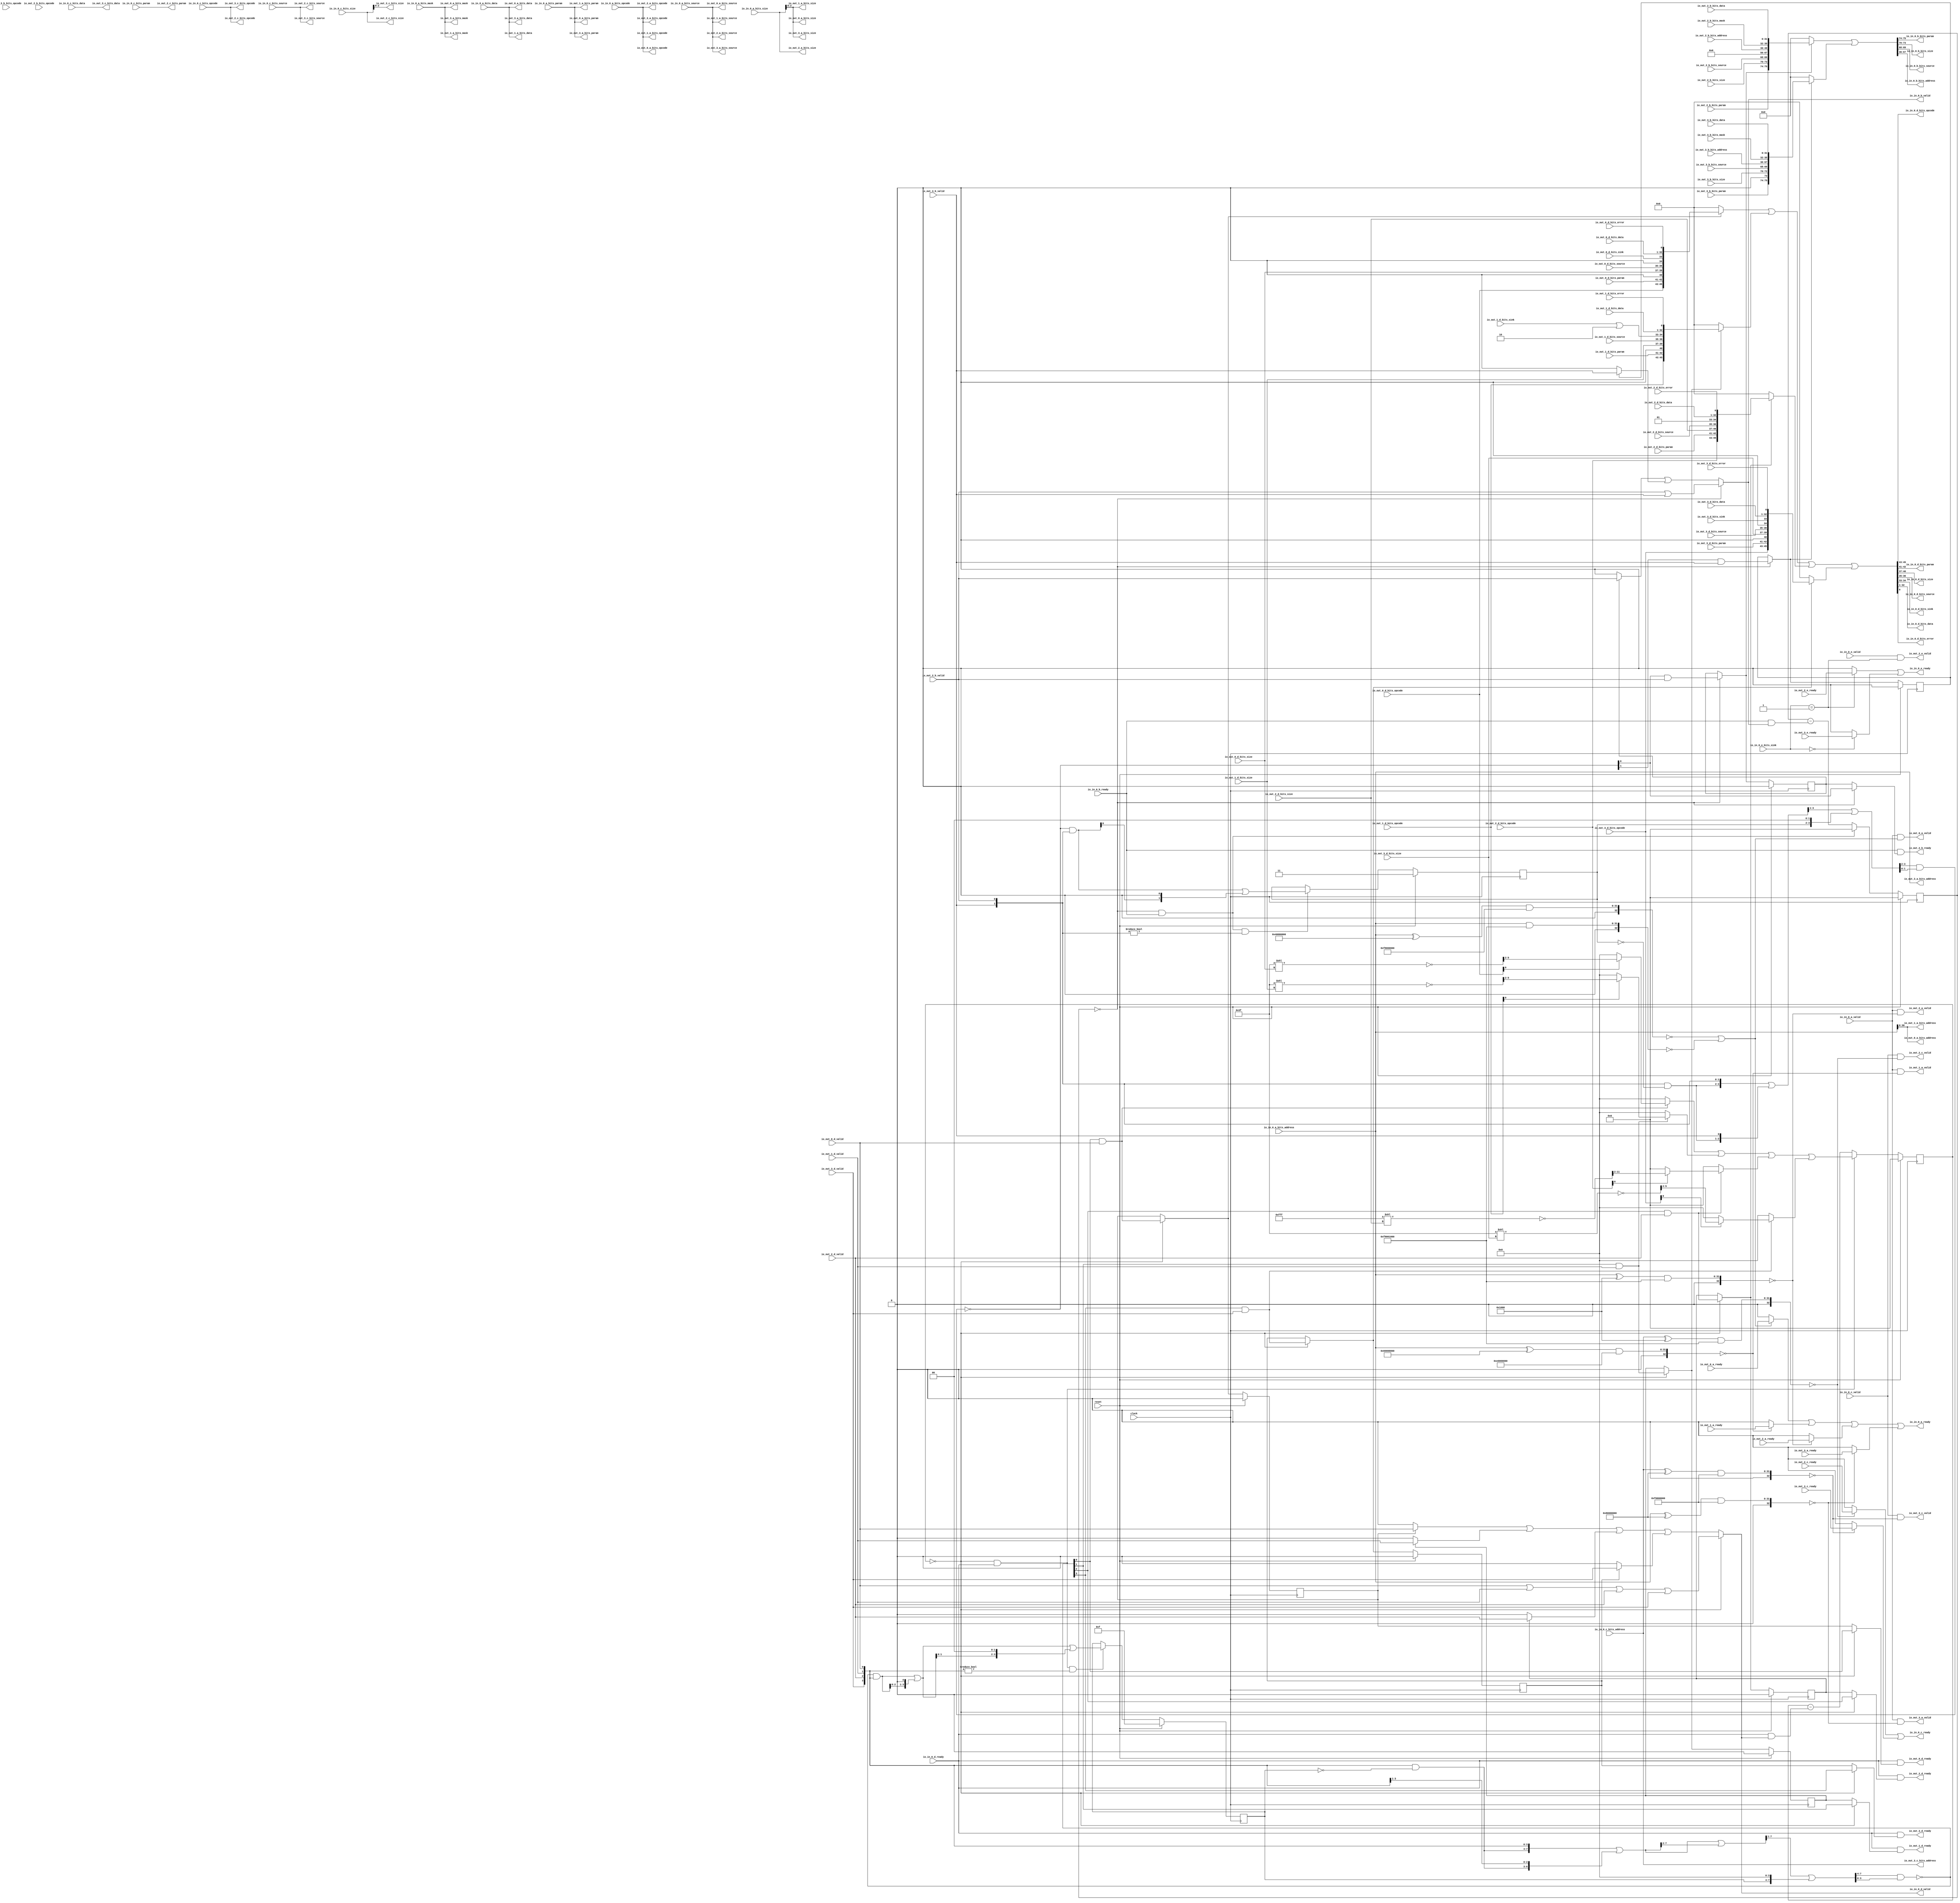
// Copyright (c) 2017, Microsemi Corporation
// All rights reserved.
//
// Redistribution and use in source and binary forms, with or without
// modification, are permitted provided that the following conditions are met:
//     * Redistributions of source code must retain the above copyright
//       notice, this list of conditions and the following disclaimer.
//     * Redistributions in binary form must reproduce the above copyright
//       notice, this list of conditions and the following disclaimer in the
//       documentation and/or other materials provided with the distribution.
//     * Neither the name of the <organization> nor the
//       names of its contributors may be used to endorse or promote products
//       derived from this software without specific prior written permission.
//
// THIS SOFTWARE IS PROVIDED BY THE COPYRIGHT HOLDERS AND CONTRIBUTORS "AS IS" AND
// ANY EXPRESS OR IMPLIED WARRANTIES, INCLUDING, BUT NOT LIMITED TO, THE IMPLIED
// WARRANTIES OF MERCHANTABILITY AND FITNESS FOR A PARTICULAR PURPOSE ARE
// DISCLAIMED. IN NO EVENT SHALL MICROSEMI CORPORATIONM BE LIABLE FOR ANY
// DIRECT, INDIRECT, INCIDENTAL, SPECIAL, EXEMPLARY, OR CONSEQUENTIAL DAMAGES
// (INCLUDING, BUT NOT LIMITED TO, PROCUREMENT OF SUBSTITUTE GOODS OR SERVICES;
// LOSS OF USE, DATA, OR PROFITS; OR BUSINESS INTERRUPTION) HOWEVER CAUSED AND
// ON ANY THEORY OF LIABILITY, WHETHER IN CONTRACT, STRICT LIABILITY, OR TORT
// (INCLUDING NEGLIGENCE OR OTHERWISE) ARISING IN ANY WAY OUT OF THE USE OF THIS
// SOFTWARE, EVEN IF ADVISED OF THE POSSIBILITY OF SUCH DAMAGE.
//
// APACHE LICENSE
// Copyright (c) 2017, Microsemi Corporation 
//
// Licensed under the Apache License, Version 2.0 (the "License");
// you may not use this file except in compliance with the License.
// You may obtain a copy of the License at
//
//    http://www.apache.org/licenses/LICENSE-2.0
//
// Unless required by applicable law or agreed to in writing, software
// distributed under the License is distributed on an "AS IS" BASIS,
// WITHOUT WARRANTIES OR CONDITIONS OF ANY KIND, either express or implied.
// See the License for the specific language governing permissions and
// limitations under the License.
//
// Description:
//
// SVN Revision Information:
// SVN $Revision: $
// SVN $Date: $
//
// Resolved SARs
// SAR      Date     Who   Description
//
// Notes:
//
// ****************************************************************************/
`define RANDOMIZE
`timescale 1ns/10ps
module PROC_SUBSYSTEM_MIV_RV32IMA_L1_AHB_0_MIV_RV32IMA_L1_AHB_TL_XBAR_SYSTEM_BUS(
  input         clock,
  input         reset,
  output        io_in_0_a_ready,
  input         io_in_0_a_valid,
  input  [2:0]  io_in_0_a_bits_opcode,
  input  [2:0]  io_in_0_a_bits_param,
  input  [3:0]  io_in_0_a_bits_size,
  input  [1:0]  io_in_0_a_bits_source,
  input  [31:0] io_in_0_a_bits_address,
  input  [3:0]  io_in_0_a_bits_mask,
  input  [31:0] io_in_0_a_bits_data,
  input         io_in_0_b_ready,
  output        io_in_0_b_valid,
  output [1:0]  io_in_0_b_bits_param,
  output [3:0]  io_in_0_b_bits_size,
  output [1:0]  io_in_0_b_bits_source,
  output [31:0] io_in_0_b_bits_address,
  output        io_in_0_c_ready,
  input         io_in_0_c_valid,
  input  [2:0]  io_in_0_c_bits_opcode,
  input  [2:0]  io_in_0_c_bits_param,
  input  [3:0]  io_in_0_c_bits_size,
  input  [1:0]  io_in_0_c_bits_source,
  input  [31:0] io_in_0_c_bits_address,
  input  [31:0] io_in_0_c_bits_data,
  input         io_in_0_d_ready,
  output        io_in_0_d_valid,
  output [2:0]  io_in_0_d_bits_opcode,
  output [1:0]  io_in_0_d_bits_param,
  output [3:0]  io_in_0_d_bits_size,
  output [1:0]  io_in_0_d_bits_source,
  output [1:0]  io_in_0_d_bits_sink,
  output [31:0] io_in_0_d_bits_data,
  output        io_in_0_d_bits_error,
  output        io_in_0_e_ready,
  input         io_in_0_e_valid,
  input  [1:0]  io_in_0_e_bits_sink,
  input         io_out_3_a_ready,
  output        io_out_3_a_valid,
  output [2:0]  io_out_3_a_bits_opcode,
  output [2:0]  io_out_3_a_bits_param,
  output [2:0]  io_out_3_a_bits_size,
  output [1:0]  io_out_3_a_bits_source,
  output [31:0] io_out_3_a_bits_address,
  output [3:0]  io_out_3_a_bits_mask,
  output [31:0] io_out_3_a_bits_data,
  input         io_out_3_b_valid,
  input  [2:0]  io_out_3_b_bits_opcode,
  input  [1:0]  io_out_3_b_bits_param,
  input  [2:0]  io_out_3_b_bits_size,
  input  [1:0]  io_out_3_b_bits_source,
  input  [31:0] io_out_3_b_bits_address,
  input  [3:0]  io_out_3_b_bits_mask,
  input  [31:0] io_out_3_b_bits_data,
  input         io_out_3_c_ready,
  output        io_out_3_c_valid,
  output [2:0]  io_out_3_c_bits_opcode,
  output [2:0]  io_out_3_c_bits_size,
  output [1:0]  io_out_3_c_bits_source,
  output [31:0] io_out_3_c_bits_address,
  output [31:0] io_out_3_c_bits_data,
  output        io_out_3_d_ready,
  input         io_out_3_d_valid,
  input  [2:0]  io_out_3_d_bits_opcode,
  input  [1:0]  io_out_3_d_bits_param,
  input  [2:0]  io_out_3_d_bits_size,
  input  [1:0]  io_out_3_d_bits_source,
  input         io_out_3_d_bits_sink,
  input  [31:0] io_out_3_d_bits_data,
  input         io_out_3_d_bits_error,
  input         io_out_3_e_ready,
  input         io_out_2_a_ready,
  output        io_out_2_a_valid,
  output [2:0]  io_out_2_a_bits_opcode,
  output [3:0]  io_out_2_a_bits_size,
  output [1:0]  io_out_2_a_bits_source,
  output        io_out_2_b_ready,
  input         io_out_2_b_valid,
  input  [2:0]  io_out_2_b_bits_opcode,
  input  [1:0]  io_out_2_b_bits_param,
  input  [3:0]  io_out_2_b_bits_size,
  input  [1:0]  io_out_2_b_bits_source,
  input  [13:0] io_out_2_b_bits_address,
  input  [3:0]  io_out_2_b_bits_mask,
  input  [31:0] io_out_2_b_bits_data,
  input         io_out_2_c_ready,
  output        io_out_2_c_valid,
  output [2:0]  io_out_2_c_bits_opcode,
  output [2:0]  io_out_2_c_bits_param,
  output [3:0]  io_out_2_c_bits_size,
  output [1:0]  io_out_2_c_bits_source,
  output        io_out_2_d_ready,
  input         io_out_2_d_valid,
  input  [2:0]  io_out_2_d_bits_opcode,
  input  [1:0]  io_out_2_d_bits_param,
  input  [3:0]  io_out_2_d_bits_size,
  input  [1:0]  io_out_2_d_bits_source,
  input  [31:0] io_out_2_d_bits_data,
  input         io_out_2_d_bits_error,
  input         io_out_2_e_ready,
  output        io_out_2_e_valid,
  input         io_out_1_a_ready,
  output        io_out_1_a_valid,
  output [2:0]  io_out_1_a_bits_opcode,
  output [2:0]  io_out_1_a_bits_param,
  output [2:0]  io_out_1_a_bits_size,
  output [1:0]  io_out_1_a_bits_source,
  output [30:0] io_out_1_a_bits_address,
  output [3:0]  io_out_1_a_bits_mask,
  output [31:0] io_out_1_a_bits_data,
  output        io_out_1_d_ready,
  input         io_out_1_d_valid,
  input  [2:0]  io_out_1_d_bits_opcode,
  input  [1:0]  io_out_1_d_bits_param,
  input  [2:0]  io_out_1_d_bits_size,
  input  [1:0]  io_out_1_d_bits_source,
  input         io_out_1_d_bits_sink,
  input  [31:0] io_out_1_d_bits_data,
  input         io_out_1_d_bits_error,
  input         io_out_0_a_ready,
  output        io_out_0_a_valid,
  output [2:0]  io_out_0_a_bits_opcode,
  output [2:0]  io_out_0_a_bits_param,
  output [2:0]  io_out_0_a_bits_size,
  output [1:0]  io_out_0_a_bits_source,
  output [30:0] io_out_0_a_bits_address,
  output [3:0]  io_out_0_a_bits_mask,
  output [31:0] io_out_0_a_bits_data,
  output        io_out_0_d_ready,
  input         io_out_0_d_valid,
  input  [2:0]  io_out_0_d_bits_opcode,
  input  [1:0]  io_out_0_d_bits_param,
  input  [2:0]  io_out_0_d_bits_size,
  input  [1:0]  io_out_0_d_bits_source,
  input         io_out_0_d_bits_sink,
  input  [31:0] io_out_0_d_bits_data,
  input         io_out_0_d_bits_error
);
  wire [3:0] out_0_d_bits_size;
  wire [1:0] out_0_d_bits_sink;
  wire [3:0] out_1_d_bits_size;
  wire [31:0] out_2_b_bits_address;
  wire [3:0] out_3_b_bits_size;
  wire [3:0] out_3_d_bits_size;
  wire [1:0] out_3_d_bits_sink;
  wire [1:0] _GEN_2;
  wire [1:0] _T_851;
  wire [31:0] _T_865;
  wire [32:0] _T_866;
  wire [32:0] _T_868;
  wire [32:0] _T_869;
  wire  _T_871;
  wire [32:0] _T_874;
  wire [32:0] _T_876;
  wire [32:0] _T_877;
  wire  _T_879;
  wire  _T_880;
  wire [31:0] _T_882;
  wire [32:0] _T_883;
  wire [32:0] _T_885;
  wire [32:0] _T_886;
  wire  _T_888;
  wire [31:0] _T_890;
  wire [32:0] _T_891;
  wire [32:0] _T_893;
  wire [32:0] _T_894;
  wire  _T_896;
  wire [31:0] _T_898;
  wire [32:0] _T_899;
  wire [32:0] _T_901;
  wire [32:0] _T_902;
  wire  _T_904;
  wire [31:0] _T_1021;
  wire [32:0] _T_1022;
  wire [32:0] _T_1024;
  wire [32:0] _T_1025;
  wire  _T_1027;
  wire [31:0] _T_1029;
  wire [32:0] _T_1030;
  wire [32:0] _T_1032;
  wire [32:0] _T_1033;
  wire  _T_1035;
  wire  _T_1460;
  wire  _T_1462;
  wire [20:0] _T_1641;
  wire [5:0] _T_1642;
  wire [5:0] _T_1643;
  wire [3:0] _T_1644;
  wire  _T_1645;
  wire [3:0] _T_1647;
  wire [20:0] _T_1650;
  wire [5:0] _T_1651;
  wire [5:0] _T_1652;
  wire [3:0] _T_1653;
  wire  _T_1654;
  wire [3:0] _T_1656;
  wire [26:0] _T_1659;
  wire [11:0] _T_1660;
  wire [11:0] _T_1661;
  wire [9:0] _T_1662;
  wire  _T_1663;
  wire [9:0] _T_1665;
  wire [20:0] _T_1668;
  wire [5:0] _T_1669;
  wire [5:0] _T_1670;
  wire [3:0] _T_1671;
  wire  _T_1672;
  wire [3:0] _T_1674;
  wire [9:0] beatsDO_0;
  wire [9:0] beatsDO_1;
  wire [9:0] beatsDO_3;
  wire  _T_1743;
  wire  _T_1744;
  wire  _T_1745;
  wire  _T_1746;
  wire  _T_1749;
  wire  _T_1751;
  wire  _T_1753;
  wire  _T_1755;
  wire  _T_1756;
  wire  _T_1757;
  wire  _T_1758;
  wire  _T_1917;
  wire  _T_1918;
  wire  _T_1925;
  wire  _T_1927;
  wire  _T_1930;
  wire  _T_2089;
  wire  _T_2090;
  wire  _T_2097;
  wire  _T_2099;
  wire  _T_2102;
  wire  _T_2131;
  wire  _T_2138;
  wire  _T_2139;
  wire  _T_2141;
  wire  _T_2205;
  wire  _T_2212;
  wire  _T_2213;
  wire  _T_2215;
  wire  _T_2279;
  wire  _T_2286;
  wire  _T_2287;
  wire  _T_2289;
  wire  _T_2351;
  wire  _T_2358;
  wire  _T_2359;
  wire  _T_2361;
  wire  _T_2423;
  wire  _T_2430;
  wire  _T_2431;
  wire  _T_2433;
  wire  _T_2495;
  wire  _T_2502;
  wire  _T_2503;
  wire  _T_2505;
  wire  _T_2567;
  wire  _T_2574;
  wire  _T_2575;
  wire  _T_2577;
  wire  _T_2639;
  wire  _T_2646;
  wire  _T_2647;
  wire  _T_2649;
  reg [9:0] _T_2687;
  reg [31:0] _RAND_0;
  wire  _T_2689;
  wire  _T_2690;
  wire [1:0] _T_2691;
  wire  _T_2693;
  wire  _T_2694;
  wire  _T_2696;
  reg [1:0] _T_2700;
  reg [31:0] _RAND_1;
  wire [1:0] _T_2701;
  wire [1:0] _T_2702;
  wire [3:0] _T_2703;
  wire [2:0] _T_2704;
  wire [3:0] _GEN_9;
  wire [3:0] _T_2705;
  wire [2:0] _T_2707;
  wire [3:0] _GEN_10;
  wire [3:0] _T_2708;
  wire [3:0] _GEN_11;
  wire [3:0] _T_2709;
  wire [1:0] _T_2710;
  wire [1:0] _T_2711;
  wire [1:0] _T_2712;
  wire [1:0] _T_2713;
  wire  _T_2715;
  wire  _T_2716;
  wire [1:0] _T_2717;
  wire [2:0] _GEN_12;
  wire [2:0] _T_2718;
  wire [1:0] _T_2719;
  wire [1:0] _T_2720;
  wire [1:0] _GEN_0;
  wire  _T_2723;
  wire  _T_2724;
  wire  _T_2732;
  wire  _T_2733;
  wire  _T_2743;
  wire  _T_2747;
  wire  _T_2752;
  wire  _T_2753;
  wire  _T_2755;
  wire  _T_2757;
  wire  _T_2758;
  wire  _T_2760;
  wire  _T_2762;
  wire  _T_2763;
  wire  _T_2765;
  wire  _T_2771;
  wire [9:0] _GEN_13;
  wire [10:0] _T_2772;
  wire [10:0] _T_2773;
  wire [9:0] _T_2774;
  wire [9:0] _T_2775;
  reg  _T_2793_0;
  reg [31:0] _RAND_2;
  reg  _T_2793_1;
  reg [31:0] _RAND_3;
  wire  _T_2804_0;
  wire  _T_2804_1;
  wire  _T_2812_0;
  wire  _T_2820;
  wire  _T_2825;
  wire  _T_2827;
  wire  _T_2828;
  wire  _T_2831;
  wire [35:0] _T_2833;
  wire [67:0] _T_2834;
  wire [5:0] _T_2835;
  wire [4:0] _T_2836;
  wire [10:0] _T_2837;
  wire [78:0] _T_2838;
  wire [78:0] _T_2840;
  wire [35:0] _T_2841;
  wire [67:0] _T_2842;
  wire [5:0] _T_2843;
  wire [4:0] _T_2844;
  wire [10:0] _T_2845;
  wire [78:0] _T_2846;
  wire [78:0] _T_2848;
  wire [78:0] _T_2849;
  wire [31:0] _T_2856;
  wire [1:0] _T_2857;
  wire [3:0] _T_2858;
  wire [1:0] _T_2859;
  reg [9:0] _T_2863;
  reg [31:0] _RAND_4;
  wire  _T_2865;
  wire  _T_2866;
  wire [1:0] _T_2867;
  wire [1:0] _T_2868;
  wire [3:0] _T_2869;
  wire  _T_2871;
  wire  _T_2872;
  wire  _T_2874;
  reg [3:0] _T_2878;
  reg [31:0] _RAND_5;
  wire [3:0] _T_2879;
  wire [3:0] _T_2880;
  wire [7:0] _T_2881;
  wire [6:0] _T_2882;
  wire [7:0] _GEN_14;
  wire [7:0] _T_2883;
  wire [5:0] _T_2884;
  wire [7:0] _GEN_15;
  wire [7:0] _T_2885;
  wire [6:0] _T_2887;
  wire [7:0] _GEN_16;
  wire [7:0] _T_2888;
  wire [7:0] _GEN_17;
  wire [7:0] _T_2889;
  wire [3:0] _T_2890;
  wire [3:0] _T_2891;
  wire [3:0] _T_2892;
  wire [3:0] _T_2893;
  wire  _T_2895;
  wire  _T_2896;
  wire [3:0] _T_2897;
  wire [4:0] _GEN_18;
  wire [4:0] _T_2898;
  wire [3:0] _T_2899;
  wire [3:0] _T_2900;
  wire [5:0] _GEN_19;
  wire [5:0] _T_2901;
  wire [3:0] _T_2902;
  wire [3:0] _T_2903;
  wire [3:0] _GEN_1;
  wire  _T_2906;
  wire  _T_2907;
  wire  _T_2908;
  wire  _T_2909;
  wire  _T_2919;
  wire  _T_2920;
  wire  _T_2921;
  wire  _T_2922;
  wire  _T_2934;
  wire  _T_2935;
  wire  _T_2936;
  wire  _T_2940;
  wire  _T_2945;
  wire  _T_2946;
  wire  _T_2948;
  wire  _T_2950;
  wire  _T_2951;
  wire  _T_2953;
  wire  _T_2955;
  wire  _T_2956;
  wire  _T_2958;
  wire  _T_2959;
  wire  _T_2960;
  wire  _T_2962;
  wire  _T_2963;
  wire  _T_2964;
  wire  _T_2965;
  wire  _T_2967;
  wire  _T_2971;
  wire  _T_2972;
  wire  _T_2974;
  wire [9:0] _T_2976;
  wire [9:0] _T_2978;
  wire [9:0] _T_2980;
  wire [9:0] _T_2982;
  wire [9:0] _T_2983;
  wire [9:0] _T_2984;
  wire [9:0] _T_2985;
  wire  _T_2986;
  wire [9:0] _GEN_20;
  wire [10:0] _T_2987;
  wire [10:0] _T_2988;
  wire [9:0] _T_2989;
  wire [9:0] _T_2990;
  reg  _T_3016_0;
  reg [31:0] _RAND_6;
  reg  _T_3016_1;
  reg [31:0] _RAND_7;
  reg  _T_3016_2;
  reg [31:0] _RAND_8;
  reg  _T_3016_3;
  reg [31:0] _RAND_9;
  wire  _T_3033_0;
  wire  _T_3033_1;
  wire  _T_3033_2;
  wire  _T_3033_3;
  wire  _T_3045_0;
  wire  _T_3045_1;
  wire  _T_3045_2;
  wire  _T_3045_3;
  wire  _T_3057;
  wire  _T_3058;
  wire  _T_3059;
  wire  _T_3060;
  wire  _T_3066;
  wire  _T_3068;
  wire  _T_3070;
  wire  _T_3072;
  wire  _T_3073;
  wire  _T_3074;
  wire  _T_3075;
  wire  _T_3078;
  wire [33:0] _T_3080;
  wire [34:0] _T_3081;
  wire [5:0] _T_3082;
  wire [4:0] _T_3083;
  wire [10:0] _T_3084;
  wire [45:0] _T_3085;
  wire [45:0] _T_3087;
  wire [33:0] _T_3088;
  wire [34:0] _T_3089;
  wire [5:0] _T_3090;
  wire [4:0] _T_3091;
  wire [10:0] _T_3092;
  wire [45:0] _T_3093;
  wire [45:0] _T_3095;
  wire [33:0] _T_3096;
  wire [34:0] _T_3097;
  wire [5:0] _T_3098;
  wire [4:0] _T_3099;
  wire [10:0] _T_3100;
  wire [45:0] _T_3101;
  wire [45:0] _T_3103;
  wire [33:0] _T_3104;
  wire [34:0] _T_3105;
  wire [5:0] _T_3106;
  wire [4:0] _T_3107;
  wire [10:0] _T_3108;
  wire [45:0] _T_3109;
  wire [45:0] _T_3111;
  wire [45:0] _T_3112;
  wire [45:0] _T_3113;
  wire [45:0] _T_3114;
  wire  _T_3119;
  wire [31:0] _T_3120;
  wire [1:0] _T_3121;
  wire [1:0] _T_3122;
  wire [3:0] _T_3123;
  wire [1:0] _T_3124;
  wire [2:0] _T_3125;
  assign io_in_0_a_ready = _T_1758;
  assign io_in_0_b_valid = _T_2831;
  assign io_in_0_b_bits_param = _T_2859;
  assign io_in_0_b_bits_size = _T_2858;
  assign io_in_0_b_bits_source = _T_2857;
  assign io_in_0_b_bits_address = _T_2856;
  assign io_in_0_c_ready = _T_1930;
  assign io_in_0_d_valid = _T_3078;
  assign io_in_0_d_bits_opcode = _T_3125;
  assign io_in_0_d_bits_param = _T_3124;
  assign io_in_0_d_bits_size = _T_3123;
  assign io_in_0_d_bits_source = _T_3122;
  assign io_in_0_d_bits_sink = _T_3121;
  assign io_in_0_d_bits_data = _T_3120;
  assign io_in_0_d_bits_error = _T_3119;
  assign io_in_0_e_ready = _T_2102;
  assign io_out_3_a_valid = _T_1746;
  assign io_out_3_a_bits_opcode = io_in_0_a_bits_opcode;
  assign io_out_3_a_bits_param = io_in_0_a_bits_param;
  assign io_out_3_a_bits_size = io_in_0_a_bits_size[2:0];
  assign io_out_3_a_bits_source = io_in_0_a_bits_source;
  assign io_out_3_a_bits_address = io_in_0_a_bits_address;
  assign io_out_3_a_bits_mask = io_in_0_a_bits_mask;
  assign io_out_3_a_bits_data = io_in_0_a_bits_data;
  assign io_out_3_c_valid = _T_1918;
  assign io_out_3_c_bits_opcode = io_in_0_c_bits_opcode;
  assign io_out_3_c_bits_size = io_in_0_c_bits_size[2:0];
  assign io_out_3_c_bits_source = io_in_0_c_bits_source;
  assign io_out_3_c_bits_address = io_in_0_c_bits_address;
  assign io_out_3_c_bits_data = io_in_0_c_bits_data;
  assign io_out_3_d_ready = _T_3060;
  assign io_out_2_a_valid = _T_1745;
  assign io_out_2_a_bits_opcode = io_in_0_a_bits_opcode;
  assign io_out_2_a_bits_size = io_in_0_a_bits_size;
  assign io_out_2_a_bits_source = io_in_0_a_bits_source;
  assign io_out_2_b_ready = _T_2820;
  assign io_out_2_c_valid = _T_1917;
  assign io_out_2_c_bits_opcode = io_in_0_c_bits_opcode;
  assign io_out_2_c_bits_param = io_in_0_c_bits_param;
  assign io_out_2_c_bits_size = io_in_0_c_bits_size;
  assign io_out_2_c_bits_source = io_in_0_c_bits_source;
  assign io_out_2_d_ready = _T_3059;
  assign io_out_2_e_valid = _T_2089;
  assign io_out_1_a_valid = _T_1744;
  assign io_out_1_a_bits_opcode = io_in_0_a_bits_opcode;
  assign io_out_1_a_bits_param = io_in_0_a_bits_param;
  assign io_out_1_a_bits_size = io_in_0_a_bits_size[2:0];
  assign io_out_1_a_bits_source = io_in_0_a_bits_source;
  assign io_out_1_a_bits_address = io_in_0_a_bits_address[30:0];
  assign io_out_1_a_bits_mask = io_in_0_a_bits_mask;
  assign io_out_1_a_bits_data = io_in_0_a_bits_data;
  assign io_out_1_d_ready = _T_3058;
  assign io_out_0_a_valid = _T_1743;
  assign io_out_0_a_bits_opcode = io_in_0_a_bits_opcode;
  assign io_out_0_a_bits_param = io_in_0_a_bits_param;
  assign io_out_0_a_bits_size = io_in_0_a_bits_size[2:0];
  assign io_out_0_a_bits_source = io_in_0_a_bits_source;
  assign io_out_0_a_bits_address = io_in_0_a_bits_address[30:0];
  assign io_out_0_a_bits_mask = io_in_0_a_bits_mask;
  assign io_out_0_a_bits_data = io_in_0_a_bits_data;
  assign io_out_0_d_ready = _T_3057;
  assign out_0_d_bits_size = {{1'd0}, io_out_0_d_bits_size};
  assign out_0_d_bits_sink = {{1'd0}, io_out_0_d_bits_sink};
  assign out_1_d_bits_size = {{1'd0}, io_out_1_d_bits_size};
  assign out_2_b_bits_address = {{18'd0}, io_out_2_b_bits_address};
  assign out_3_b_bits_size = {{1'd0}, io_out_3_b_bits_size};
  assign out_3_d_bits_size = {{1'd0}, io_out_3_d_bits_size};
  assign out_3_d_bits_sink = {{1'd0}, io_out_3_d_bits_sink};
  assign _GEN_2 = {{1'd0}, io_out_1_d_bits_sink};
  assign _T_851 = _GEN_2 | 2'h2;
  assign _T_865 = io_in_0_a_bits_address ^ 32'h40000000;
  assign _T_866 = {1'b0,$signed(_T_865)};
  assign _T_868 = $signed(_T_866) & $signed(33'shf8000000);
  assign _T_869 = $signed(_T_868);
  assign _T_871 = $signed(_T_869) == $signed(33'sh0);
  assign _T_874 = {1'b0,$signed(io_in_0_a_bits_address)};
  assign _T_876 = $signed(_T_874) & $signed(33'shf8001000);
  assign _T_877 = $signed(_T_876);
  assign _T_879 = $signed(_T_877) == $signed(33'sh0);
  assign _T_880 = _T_871 | _T_879;
  assign _T_882 = io_in_0_a_bits_address ^ 32'h60000000;
  assign _T_883 = {1'b0,$signed(_T_882)};
  assign _T_885 = $signed(_T_883) & $signed(33'she0000000);
  assign _T_886 = $signed(_T_885);
  assign _T_888 = $signed(_T_886) == $signed(33'sh0);
  assign _T_890 = io_in_0_a_bits_address ^ 32'h1000;
  assign _T_891 = {1'b0,$signed(_T_890)};
  assign _T_893 = $signed(_T_891) & $signed(33'shf8001000);
  assign _T_894 = $signed(_T_893);
  assign _T_896 = $signed(_T_894) == $signed(33'sh0);
  assign _T_898 = io_in_0_a_bits_address ^ 32'h80000000;
  assign _T_899 = {1'b0,$signed(_T_898)};
  assign _T_901 = $signed(_T_899) & $signed(33'shf0000000);
  assign _T_902 = $signed(_T_901);
  assign _T_904 = $signed(_T_902) == $signed(33'sh0);
  assign _T_1021 = io_in_0_c_bits_address ^ 32'h1000;
  assign _T_1022 = {1'b0,$signed(_T_1021)};
  assign _T_1024 = $signed(_T_1022) & $signed(33'shf8001000);
  assign _T_1025 = $signed(_T_1024);
  assign _T_1027 = $signed(_T_1025) == $signed(33'sh0);
  assign _T_1029 = io_in_0_c_bits_address ^ 32'h80000000;
  assign _T_1030 = {1'b0,$signed(_T_1029)};
  assign _T_1032 = $signed(_T_1030) & $signed(33'shf0000000);
  assign _T_1033 = $signed(_T_1032);
  assign _T_1035 = $signed(_T_1033) == $signed(33'sh0);
  assign _T_1460 = io_in_0_e_bits_sink == 2'h1;
  assign _T_1462 = io_in_0_e_bits_sink == 2'h0;
  assign _T_1641 = 21'h3f << out_0_d_bits_size;
  assign _T_1642 = _T_1641[5:0];
  assign _T_1643 = ~ _T_1642;
  assign _T_1644 = _T_1643[5:2];
  assign _T_1645 = io_out_0_d_bits_opcode[0];
  assign _T_1647 = _T_1645 ? _T_1644 : 4'h0;
  assign _T_1650 = 21'h3f << out_1_d_bits_size;
  assign _T_1651 = _T_1650[5:0];
  assign _T_1652 = ~ _T_1651;
  assign _T_1653 = _T_1652[5:2];
  assign _T_1654 = io_out_1_d_bits_opcode[0];
  assign _T_1656 = _T_1654 ? _T_1653 : 4'h0;
  assign _T_1659 = 27'hfff << io_out_2_d_bits_size;
  assign _T_1660 = _T_1659[11:0];
  assign _T_1661 = ~ _T_1660;
  assign _T_1662 = _T_1661[11:2];
  assign _T_1663 = io_out_2_d_bits_opcode[0];
  assign _T_1665 = _T_1663 ? _T_1662 : 10'h0;
  assign _T_1668 = 21'h3f << out_3_d_bits_size;
  assign _T_1669 = _T_1668[5:0];
  assign _T_1670 = ~ _T_1669;
  assign _T_1671 = _T_1670[5:2];
  assign _T_1672 = io_out_3_d_bits_opcode[0];
  assign _T_1674 = _T_1672 ? _T_1671 : 4'h0;
  assign beatsDO_0 = {{6'd0}, _T_1647};
  assign beatsDO_1 = {{6'd0}, _T_1656};
  assign beatsDO_3 = {{6'd0}, _T_1674};
  assign _T_1743 = io_in_0_a_valid & _T_880;
  assign _T_1744 = io_in_0_a_valid & _T_888;
  assign _T_1745 = io_in_0_a_valid & _T_896;
  assign _T_1746 = io_in_0_a_valid & _T_904;
  assign _T_1749 = _T_880 ? io_out_0_a_ready : 1'h0;
  assign _T_1751 = _T_888 ? io_out_1_a_ready : 1'h0;
  assign _T_1753 = _T_896 ? io_out_2_a_ready : 1'h0;
  assign _T_1755 = _T_904 ? io_out_3_a_ready : 1'h0;
  assign _T_1756 = _T_1749 | _T_1751;
  assign _T_1757 = _T_1756 | _T_1753;
  assign _T_1758 = _T_1757 | _T_1755;
  assign _T_1917 = io_in_0_c_valid & _T_1027;
  assign _T_1918 = io_in_0_c_valid & _T_1035;
  assign _T_1925 = _T_1027 ? io_out_2_c_ready : 1'h0;
  assign _T_1927 = _T_1035 ? io_out_3_c_ready : 1'h0;
  assign _T_1930 = _T_1925 | _T_1927;
  assign _T_2089 = io_in_0_e_valid & _T_1460;
  assign _T_2090 = io_in_0_e_valid & _T_1462;
  assign _T_2097 = _T_1460 ? io_out_2_e_ready : 1'h0;
  assign _T_2099 = _T_1462 ? io_out_3_e_ready : 1'h0;
  assign _T_2102 = _T_2097 | _T_2099;
  assign _T_2131 = _T_1743 == 1'h0;
  assign _T_2138 = _T_2131 | _T_1743;
  assign _T_2139 = _T_2138 | reset;
  assign _T_2141 = _T_2139 == 1'h0;
  assign _T_2205 = _T_1744 == 1'h0;
  assign _T_2212 = _T_2205 | _T_1744;
  assign _T_2213 = _T_2212 | reset;
  assign _T_2215 = _T_2213 == 1'h0;
  assign _T_2279 = _T_1745 == 1'h0;
  assign _T_2286 = _T_2279 | _T_1745;
  assign _T_2287 = _T_2286 | reset;
  assign _T_2289 = _T_2287 == 1'h0;
  assign _T_2351 = _T_1917 == 1'h0;
  assign _T_2358 = _T_2351 | _T_1917;
  assign _T_2359 = _T_2358 | reset;
  assign _T_2361 = _T_2359 == 1'h0;
  assign _T_2423 = _T_2089 == 1'h0;
  assign _T_2430 = _T_2423 | _T_2089;
  assign _T_2431 = _T_2430 | reset;
  assign _T_2433 = _T_2431 == 1'h0;
  assign _T_2495 = _T_1746 == 1'h0;
  assign _T_2502 = _T_2495 | _T_1746;
  assign _T_2503 = _T_2502 | reset;
  assign _T_2505 = _T_2503 == 1'h0;
  assign _T_2567 = _T_1918 == 1'h0;
  assign _T_2574 = _T_2567 | _T_1918;
  assign _T_2575 = _T_2574 | reset;
  assign _T_2577 = _T_2575 == 1'h0;
  assign _T_2639 = _T_2090 == 1'h0;
  assign _T_2646 = _T_2639 | _T_2090;
  assign _T_2647 = _T_2646 | reset;
  assign _T_2649 = _T_2647 == 1'h0;
  assign _T_2689 = _T_2687 == 10'h0;
  assign _T_2690 = _T_2689 & io_in_0_b_ready;
  assign _T_2691 = {io_out_3_b_valid,io_out_2_b_valid};
  assign _T_2693 = _T_2691 == _T_2691;
  assign _T_2694 = _T_2693 | reset;
  assign _T_2696 = _T_2694 == 1'h0;
  assign _T_2701 = ~ _T_2700;
  assign _T_2702 = _T_2691 & _T_2701;
  assign _T_2703 = {_T_2702,_T_2691};
  assign _T_2704 = _T_2703[3:1];
  assign _GEN_9 = {{1'd0}, _T_2704};
  assign _T_2705 = _T_2703 | _GEN_9;
  assign _T_2707 = _T_2705[3:1];
  assign _GEN_10 = {{2'd0}, _T_2700};
  assign _T_2708 = _GEN_10 << 2;
  assign _GEN_11 = {{1'd0}, _T_2707};
  assign _T_2709 = _GEN_11 | _T_2708;
  assign _T_2710 = _T_2709[3:2];
  assign _T_2711 = _T_2709[1:0];
  assign _T_2712 = _T_2710 & _T_2711;
  assign _T_2713 = ~ _T_2712;
  assign _T_2715 = _T_2691 != 2'h0;
  assign _T_2716 = _T_2690 & _T_2715;
  assign _T_2717 = _T_2713 & _T_2691;
  assign _GEN_12 = {{1'd0}, _T_2717};
  assign _T_2718 = _GEN_12 << 1;
  assign _T_2719 = _T_2718[1:0];
  assign _T_2720 = _T_2717 | _T_2719;
  assign _GEN_0 = _T_2716 ? _T_2720 : _T_2700;
  assign _T_2723 = _T_2713[0];
  assign _T_2724 = _T_2713[1];
  assign _T_2732 = _T_2723 & io_out_2_b_valid;
  assign _T_2733 = _T_2724 & io_out_3_b_valid;
  assign _T_2743 = _T_2732 | _T_2733;
  assign _T_2747 = _T_2732 == 1'h0;
  assign _T_2752 = _T_2733 == 1'h0;
  assign _T_2753 = _T_2747 | _T_2752;
  assign _T_2755 = _T_2753 | reset;
  assign _T_2757 = _T_2755 == 1'h0;
  assign _T_2758 = io_out_2_b_valid | io_out_3_b_valid;
  assign _T_2760 = _T_2758 == 1'h0;
  assign _T_2762 = _T_2760 | _T_2743;
  assign _T_2763 = _T_2762 | reset;
  assign _T_2765 = _T_2763 == 1'h0;
  assign _T_2771 = io_in_0_b_ready & _T_2831;
  assign _GEN_13 = {{9'd0}, _T_2771};
  assign _T_2772 = _T_2687 - _GEN_13;
  assign _T_2773 = $unsigned(_T_2772);
  assign _T_2774 = _T_2773[9:0];
  assign _T_2775 = _T_2690 ? 10'h0 : _T_2774;
  assign _T_2804_0 = _T_2689 ? _T_2732 : _T_2793_0;
  assign _T_2804_1 = _T_2689 ? _T_2733 : _T_2793_1;
  assign _T_2812_0 = _T_2689 ? _T_2723 : _T_2793_0;
  assign _T_2820 = io_in_0_b_ready & _T_2812_0;
  assign _T_2825 = _T_2793_0 ? io_out_2_b_valid : 1'h0;
  assign _T_2827 = _T_2793_1 ? io_out_3_b_valid : 1'h0;
  assign _T_2828 = _T_2825 | _T_2827;
  assign _T_2831 = _T_2689 ? _T_2758 : _T_2828;
  assign _T_2833 = {out_2_b_bits_address,io_out_2_b_bits_mask};
  assign _T_2834 = {_T_2833,io_out_2_b_bits_data};
  assign _T_2835 = {io_out_2_b_bits_size,io_out_2_b_bits_source};
  assign _T_2836 = {io_out_2_b_bits_opcode,io_out_2_b_bits_param};
  assign _T_2837 = {_T_2836,_T_2835};
  assign _T_2838 = {_T_2837,_T_2834};
  assign _T_2840 = _T_2804_0 ? _T_2838 : 79'h0;
  assign _T_2841 = {io_out_3_b_bits_address,io_out_3_b_bits_mask};
  assign _T_2842 = {_T_2841,io_out_3_b_bits_data};
  assign _T_2843 = {out_3_b_bits_size,io_out_3_b_bits_source};
  assign _T_2844 = {io_out_3_b_bits_opcode,io_out_3_b_bits_param};
  assign _T_2845 = {_T_2844,_T_2843};
  assign _T_2846 = {_T_2845,_T_2842};
  assign _T_2848 = _T_2804_1 ? _T_2846 : 79'h0;
  assign _T_2849 = _T_2840 | _T_2848;
  assign _T_2856 = _T_2849[67:36];
  assign _T_2857 = _T_2849[69:68];
  assign _T_2858 = _T_2849[73:70];
  assign _T_2859 = _T_2849[75:74];
  assign _T_2865 = _T_2863 == 10'h0;
  assign _T_2866 = _T_2865 & io_in_0_d_ready;
  assign _T_2867 = {io_out_1_d_valid,io_out_0_d_valid};
  assign _T_2868 = {io_out_3_d_valid,io_out_2_d_valid};
  assign _T_2869 = {_T_2868,_T_2867};
  assign _T_2871 = _T_2869 == _T_2869;
  assign _T_2872 = _T_2871 | reset;
  assign _T_2874 = _T_2872 == 1'h0;
  assign _T_2879 = ~ _T_2878;
  assign _T_2880 = _T_2869 & _T_2879;
  assign _T_2881 = {_T_2880,_T_2869};
  assign _T_2882 = _T_2881[7:1];
  assign _GEN_14 = {{1'd0}, _T_2882};
  assign _T_2883 = _T_2881 | _GEN_14;
  assign _T_2884 = _T_2883[7:2];
  assign _GEN_15 = {{2'd0}, _T_2884};
  assign _T_2885 = _T_2883 | _GEN_15;
  assign _T_2887 = _T_2885[7:1];
  assign _GEN_16 = {{4'd0}, _T_2878};
  assign _T_2888 = _GEN_16 << 4;
  assign _GEN_17 = {{1'd0}, _T_2887};
  assign _T_2889 = _GEN_17 | _T_2888;
  assign _T_2890 = _T_2889[7:4];
  assign _T_2891 = _T_2889[3:0];
  assign _T_2892 = _T_2890 & _T_2891;
  assign _T_2893 = ~ _T_2892;
  assign _T_2895 = _T_2869 != 4'h0;
  assign _T_2896 = _T_2866 & _T_2895;
  assign _T_2897 = _T_2893 & _T_2869;
  assign _GEN_18 = {{1'd0}, _T_2897};
  assign _T_2898 = _GEN_18 << 1;
  assign _T_2899 = _T_2898[3:0];
  assign _T_2900 = _T_2897 | _T_2899;
  assign _GEN_19 = {{2'd0}, _T_2900};
  assign _T_2901 = _GEN_19 << 2;
  assign _T_2902 = _T_2901[3:0];
  assign _T_2903 = _T_2900 | _T_2902;
  assign _GEN_1 = _T_2896 ? _T_2903 : _T_2878;
  assign _T_2906 = _T_2893[0];
  assign _T_2907 = _T_2893[1];
  assign _T_2908 = _T_2893[2];
  assign _T_2909 = _T_2893[3];
  assign _T_2919 = _T_2906 & io_out_0_d_valid;
  assign _T_2920 = _T_2907 & io_out_1_d_valid;
  assign _T_2921 = _T_2908 & io_out_2_d_valid;
  assign _T_2922 = _T_2909 & io_out_3_d_valid;
  assign _T_2934 = _T_2919 | _T_2920;
  assign _T_2935 = _T_2934 | _T_2921;
  assign _T_2936 = _T_2935 | _T_2922;
  assign _T_2940 = _T_2919 == 1'h0;
  assign _T_2945 = _T_2920 == 1'h0;
  assign _T_2946 = _T_2940 | _T_2945;
  assign _T_2948 = _T_2934 == 1'h0;
  assign _T_2950 = _T_2921 == 1'h0;
  assign _T_2951 = _T_2948 | _T_2950;
  assign _T_2953 = _T_2935 == 1'h0;
  assign _T_2955 = _T_2922 == 1'h0;
  assign _T_2956 = _T_2953 | _T_2955;
  assign _T_2958 = _T_2946 & _T_2951;
  assign _T_2959 = _T_2958 & _T_2956;
  assign _T_2960 = _T_2959 | reset;
  assign _T_2962 = _T_2960 == 1'h0;
  assign _T_2963 = io_out_0_d_valid | io_out_1_d_valid;
  assign _T_2964 = _T_2963 | io_out_2_d_valid;
  assign _T_2965 = _T_2964 | io_out_3_d_valid;
  assign _T_2967 = _T_2965 == 1'h0;
  assign _T_2971 = _T_2967 | _T_2936;
  assign _T_2972 = _T_2971 | reset;
  assign _T_2974 = _T_2972 == 1'h0;
  assign _T_2976 = _T_2919 ? beatsDO_0 : 10'h0;
  assign _T_2978 = _T_2920 ? beatsDO_1 : 10'h0;
  assign _T_2980 = _T_2921 ? _T_1665 : 10'h0;
  assign _T_2982 = _T_2922 ? beatsDO_3 : 10'h0;
  assign _T_2983 = _T_2976 | _T_2978;
  assign _T_2984 = _T_2983 | _T_2980;
  assign _T_2985 = _T_2984 | _T_2982;
  assign _T_2986 = io_in_0_d_ready & _T_3078;
  assign _GEN_20 = {{9'd0}, _T_2986};
  assign _T_2987 = _T_2863 - _GEN_20;
  assign _T_2988 = $unsigned(_T_2987);
  assign _T_2989 = _T_2988[9:0];
  assign _T_2990 = _T_2866 ? _T_2985 : _T_2989;
  assign _T_3033_0 = _T_2865 ? _T_2919 : _T_3016_0;
  assign _T_3033_1 = _T_2865 ? _T_2920 : _T_3016_1;
  assign _T_3033_2 = _T_2865 ? _T_2921 : _T_3016_2;
  assign _T_3033_3 = _T_2865 ? _T_2922 : _T_3016_3;
  assign _T_3045_0 = _T_2865 ? _T_2906 : _T_3016_0;
  assign _T_3045_1 = _T_2865 ? _T_2907 : _T_3016_1;
  assign _T_3045_2 = _T_2865 ? _T_2908 : _T_3016_2;
  assign _T_3045_3 = _T_2865 ? _T_2909 : _T_3016_3;
  assign _T_3057 = io_in_0_d_ready & _T_3045_0;
  assign _T_3058 = io_in_0_d_ready & _T_3045_1;
  assign _T_3059 = io_in_0_d_ready & _T_3045_2;
  assign _T_3060 = io_in_0_d_ready & _T_3045_3;
  assign _T_3066 = _T_3016_0 ? io_out_0_d_valid : 1'h0;
  assign _T_3068 = _T_3016_1 ? io_out_1_d_valid : 1'h0;
  assign _T_3070 = _T_3016_2 ? io_out_2_d_valid : 1'h0;
  assign _T_3072 = _T_3016_3 ? io_out_3_d_valid : 1'h0;
  assign _T_3073 = _T_3066 | _T_3068;
  assign _T_3074 = _T_3073 | _T_3070;
  assign _T_3075 = _T_3074 | _T_3072;
  assign _T_3078 = _T_2865 ? _T_2965 : _T_3075;
  assign _T_3080 = {out_0_d_bits_sink,io_out_0_d_bits_data};
  assign _T_3081 = {_T_3080,io_out_0_d_bits_error};
  assign _T_3082 = {out_0_d_bits_size,io_out_0_d_bits_source};
  assign _T_3083 = {io_out_0_d_bits_opcode,io_out_0_d_bits_param};
  assign _T_3084 = {_T_3083,_T_3082};
  assign _T_3085 = {_T_3084,_T_3081};
  assign _T_3087 = _T_3033_0 ? _T_3085 : 46'h0;
  assign _T_3088 = {_T_851,io_out_1_d_bits_data};
  assign _T_3089 = {_T_3088,io_out_1_d_bits_error};
  assign _T_3090 = {out_1_d_bits_size,io_out_1_d_bits_source};
  assign _T_3091 = {io_out_1_d_bits_opcode,io_out_1_d_bits_param};
  assign _T_3092 = {_T_3091,_T_3090};
  assign _T_3093 = {_T_3092,_T_3089};
  assign _T_3095 = _T_3033_1 ? _T_3093 : 46'h0;
  assign _T_3096 = {2'h1,io_out_2_d_bits_data};
  assign _T_3097 = {_T_3096,io_out_2_d_bits_error};
  assign _T_3098 = {io_out_2_d_bits_size,io_out_2_d_bits_source};
  assign _T_3099 = {io_out_2_d_bits_opcode,io_out_2_d_bits_param};
  assign _T_3100 = {_T_3099,_T_3098};
  assign _T_3101 = {_T_3100,_T_3097};
  assign _T_3103 = _T_3033_2 ? _T_3101 : 46'h0;
  assign _T_3104 = {out_3_d_bits_sink,io_out_3_d_bits_data};
  assign _T_3105 = {_T_3104,io_out_3_d_bits_error};
  assign _T_3106 = {out_3_d_bits_size,io_out_3_d_bits_source};
  assign _T_3107 = {io_out_3_d_bits_opcode,io_out_3_d_bits_param};
  assign _T_3108 = {_T_3107,_T_3106};
  assign _T_3109 = {_T_3108,_T_3105};
  assign _T_3111 = _T_3033_3 ? _T_3109 : 46'h0;
  assign _T_3112 = _T_3087 | _T_3095;
  assign _T_3113 = _T_3112 | _T_3103;
  assign _T_3114 = _T_3113 | _T_3111;
  assign _T_3119 = _T_3114[0];
  assign _T_3120 = _T_3114[32:1];
  assign _T_3121 = _T_3114[34:33];
  assign _T_3122 = _T_3114[36:35];
  assign _T_3123 = _T_3114[40:37];
  assign _T_3124 = _T_3114[42:41];
  assign _T_3125 = _T_3114[45:43];
`ifdef RANDOMIZE
  integer initvar;
  initial begin
    `ifndef verilator
      #0.002 begin end
    `endif
  `ifdef RANDOMIZE_REG_INIT
  _RAND_0 = {1{$random}};
  _T_2687 = _RAND_0[9:0];
  `endif // RANDOMIZE_REG_INIT
  `ifdef RANDOMIZE_REG_INIT
  _RAND_1 = {1{$random}};
  _T_2700 = _RAND_1[1:0];
  `endif // RANDOMIZE_REG_INIT
  `ifdef RANDOMIZE_REG_INIT
  _RAND_2 = {1{$random}};
  _T_2793_0 = _RAND_2[0:0];
  `endif // RANDOMIZE_REG_INIT
  `ifdef RANDOMIZE_REG_INIT
  _RAND_3 = {1{$random}};
  _T_2793_1 = _RAND_3[0:0];
  `endif // RANDOMIZE_REG_INIT
  `ifdef RANDOMIZE_REG_INIT
  _RAND_4 = {1{$random}};
  _T_2863 = _RAND_4[9:0];
  `endif // RANDOMIZE_REG_INIT
  `ifdef RANDOMIZE_REG_INIT
  _RAND_5 = {1{$random}};
  _T_2878 = _RAND_5[3:0];
  `endif // RANDOMIZE_REG_INIT
  `ifdef RANDOMIZE_REG_INIT
  _RAND_6 = {1{$random}};
  _T_3016_0 = _RAND_6[0:0];
  `endif // RANDOMIZE_REG_INIT
  `ifdef RANDOMIZE_REG_INIT
  _RAND_7 = {1{$random}};
  _T_3016_1 = _RAND_7[0:0];
  `endif // RANDOMIZE_REG_INIT
  `ifdef RANDOMIZE_REG_INIT
  _RAND_8 = {1{$random}};
  _T_3016_2 = _RAND_8[0:0];
  `endif // RANDOMIZE_REG_INIT
  `ifdef RANDOMIZE_REG_INIT
  _RAND_9 = {1{$random}};
  _T_3016_3 = _RAND_9[0:0];
  `endif // RANDOMIZE_REG_INIT
  end
`endif // RANDOMIZE
  always @(posedge clock) begin
    if (reset) begin
      _T_2687 <= 10'h0;
    end else begin
      if (_T_2690) begin
        _T_2687 <= 10'h0;
      end else begin
        _T_2687 <= _T_2774;
      end
    end
    if (reset) begin
      _T_2700 <= 2'h3;
    end else begin
      if (_T_2716) begin
        _T_2700 <= _T_2720;
      end
    end
    if (reset) begin
      _T_2793_0 <= 1'h0;
    end else begin
      if (_T_2689) begin
        _T_2793_0 <= _T_2732;
      end
    end
    if (reset) begin
      _T_2793_1 <= 1'h0;
    end else begin
      if (_T_2689) begin
        _T_2793_1 <= _T_2733;
      end
    end
    if (reset) begin
      _T_2863 <= 10'h0;
    end else begin
      if (_T_2866) begin
        _T_2863 <= _T_2985;
      end else begin
        _T_2863 <= _T_2989;
      end
    end
    if (reset) begin
      _T_2878 <= 4'hf;
    end else begin
      if (_T_2896) begin
        _T_2878 <= _T_2903;
      end
    end
    if (reset) begin
      _T_3016_0 <= 1'h0;
    end else begin
      if (_T_2865) begin
        _T_3016_0 <= _T_2919;
      end
    end
    if (reset) begin
      _T_3016_1 <= 1'h0;
    end else begin
      if (_T_2865) begin
        _T_3016_1 <= _T_2920;
      end
    end
    if (reset) begin
      _T_3016_2 <= 1'h0;
    end else begin
      if (_T_2865) begin
        _T_3016_2 <= _T_2921;
      end
    end
    if (reset) begin
      _T_3016_3 <= 1'h0;
    end else begin
      if (_T_2865) begin
        _T_3016_3 <= _T_2922;
      end
    end
    `ifndef SYNTHESIS
    `ifdef PRINTF_COND
      if (`PRINTF_COND) begin
    `endif
        if (1'h0) begin
          $fwrite(32'h80000002,"Assertion failed\n    at Arbiter.scala:66 assert((prefixOR zip winner) map { case (p,w) => !p || !w } reduce {_ && _})\n");
        end
    `ifdef PRINTF_COND
      end
    `endif
    `endif // SYNTHESIS
    `ifndef SYNTHESIS
    `ifdef STOP_COND
      if (`STOP_COND) begin
    `endif
        if (1'h0) begin
          $fatal;
        end
    `ifdef STOP_COND
      end
    `endif
    `endif // SYNTHESIS
    `ifndef SYNTHESIS
    `ifdef PRINTF_COND
      if (`PRINTF_COND) begin
    `endif
        if (_T_2141) begin
          $fwrite(32'h80000002,"Assertion failed\n    at Arbiter.scala:68 assert (!valids.reduce(_||_) || winner.reduce(_||_))\n");
        end
    `ifdef PRINTF_COND
      end
    `endif
    `endif // SYNTHESIS
    `ifndef SYNTHESIS
    `ifdef STOP_COND
      if (`STOP_COND) begin
    `endif
        if (_T_2141) begin
          $fatal;
        end
    `ifdef STOP_COND
      end
    `endif
    `endif // SYNTHESIS
    `ifndef SYNTHESIS
    `ifdef PRINTF_COND
      if (`PRINTF_COND) begin
    `endif
        if (1'h0) begin
          $fwrite(32'h80000002,"Assertion failed\n    at Arbiter.scala:66 assert((prefixOR zip winner) map { case (p,w) => !p || !w } reduce {_ && _})\n");
        end
    `ifdef PRINTF_COND
      end
    `endif
    `endif // SYNTHESIS
    `ifndef SYNTHESIS
    `ifdef STOP_COND
      if (`STOP_COND) begin
    `endif
        if (1'h0) begin
          $fatal;
        end
    `ifdef STOP_COND
      end
    `endif
    `endif // SYNTHESIS
    `ifndef SYNTHESIS
    `ifdef PRINTF_COND
      if (`PRINTF_COND) begin
    `endif
        if (_T_2215) begin
          $fwrite(32'h80000002,"Assertion failed\n    at Arbiter.scala:68 assert (!valids.reduce(_||_) || winner.reduce(_||_))\n");
        end
    `ifdef PRINTF_COND
      end
    `endif
    `endif // SYNTHESIS
    `ifndef SYNTHESIS
    `ifdef STOP_COND
      if (`STOP_COND) begin
    `endif
        if (_T_2215) begin
          $fatal;
        end
    `ifdef STOP_COND
      end
    `endif
    `endif // SYNTHESIS
    `ifndef SYNTHESIS
    `ifdef PRINTF_COND
      if (`PRINTF_COND) begin
    `endif
        if (1'h0) begin
          $fwrite(32'h80000002,"Assertion failed\n    at Arbiter.scala:66 assert((prefixOR zip winner) map { case (p,w) => !p || !w } reduce {_ && _})\n");
        end
    `ifdef PRINTF_COND
      end
    `endif
    `endif // SYNTHESIS
    `ifndef SYNTHESIS
    `ifdef STOP_COND
      if (`STOP_COND) begin
    `endif
        if (1'h0) begin
          $fatal;
        end
    `ifdef STOP_COND
      end
    `endif
    `endif // SYNTHESIS
    `ifndef SYNTHESIS
    `ifdef PRINTF_COND
      if (`PRINTF_COND) begin
    `endif
        if (_T_2289) begin
          $fwrite(32'h80000002,"Assertion failed\n    at Arbiter.scala:68 assert (!valids.reduce(_||_) || winner.reduce(_||_))\n");
        end
    `ifdef PRINTF_COND
      end
    `endif
    `endif // SYNTHESIS
    `ifndef SYNTHESIS
    `ifdef STOP_COND
      if (`STOP_COND) begin
    `endif
        if (_T_2289) begin
          $fatal;
        end
    `ifdef STOP_COND
      end
    `endif
    `endif // SYNTHESIS
    `ifndef SYNTHESIS
    `ifdef PRINTF_COND
      if (`PRINTF_COND) begin
    `endif
        if (1'h0) begin
          $fwrite(32'h80000002,"Assertion failed\n    at Arbiter.scala:66 assert((prefixOR zip winner) map { case (p,w) => !p || !w } reduce {_ && _})\n");
        end
    `ifdef PRINTF_COND
      end
    `endif
    `endif // SYNTHESIS
    `ifndef SYNTHESIS
    `ifdef STOP_COND
      if (`STOP_COND) begin
    `endif
        if (1'h0) begin
          $fatal;
        end
    `ifdef STOP_COND
      end
    `endif
    `endif // SYNTHESIS
    `ifndef SYNTHESIS
    `ifdef PRINTF_COND
      if (`PRINTF_COND) begin
    `endif
        if (_T_2361) begin
          $fwrite(32'h80000002,"Assertion failed\n    at Arbiter.scala:68 assert (!valids.reduce(_||_) || winner.reduce(_||_))\n");
        end
    `ifdef PRINTF_COND
      end
    `endif
    `endif // SYNTHESIS
    `ifndef SYNTHESIS
    `ifdef STOP_COND
      if (`STOP_COND) begin
    `endif
        if (_T_2361) begin
          $fatal;
        end
    `ifdef STOP_COND
      end
    `endif
    `endif // SYNTHESIS
    `ifndef SYNTHESIS
    `ifdef PRINTF_COND
      if (`PRINTF_COND) begin
    `endif
        if (1'h0) begin
          $fwrite(32'h80000002,"Assertion failed\n    at Arbiter.scala:66 assert((prefixOR zip winner) map { case (p,w) => !p || !w } reduce {_ && _})\n");
        end
    `ifdef PRINTF_COND
      end
    `endif
    `endif // SYNTHESIS
    `ifndef SYNTHESIS
    `ifdef STOP_COND
      if (`STOP_COND) begin
    `endif
        if (1'h0) begin
          $fatal;
        end
    `ifdef STOP_COND
      end
    `endif
    `endif // SYNTHESIS
    `ifndef SYNTHESIS
    `ifdef PRINTF_COND
      if (`PRINTF_COND) begin
    `endif
        if (_T_2433) begin
          $fwrite(32'h80000002,"Assertion failed\n    at Arbiter.scala:68 assert (!valids.reduce(_||_) || winner.reduce(_||_))\n");
        end
    `ifdef PRINTF_COND
      end
    `endif
    `endif // SYNTHESIS
    `ifndef SYNTHESIS
    `ifdef STOP_COND
      if (`STOP_COND) begin
    `endif
        if (_T_2433) begin
          $fatal;
        end
    `ifdef STOP_COND
      end
    `endif
    `endif // SYNTHESIS
    `ifndef SYNTHESIS
    `ifdef PRINTF_COND
      if (`PRINTF_COND) begin
    `endif
        if (1'h0) begin
          $fwrite(32'h80000002,"Assertion failed\n    at Arbiter.scala:66 assert((prefixOR zip winner) map { case (p,w) => !p || !w } reduce {_ && _})\n");
        end
    `ifdef PRINTF_COND
      end
    `endif
    `endif // SYNTHESIS
    `ifndef SYNTHESIS
    `ifdef STOP_COND
      if (`STOP_COND) begin
    `endif
        if (1'h0) begin
          $fatal;
        end
    `ifdef STOP_COND
      end
    `endif
    `endif // SYNTHESIS
    `ifndef SYNTHESIS
    `ifdef PRINTF_COND
      if (`PRINTF_COND) begin
    `endif
        if (_T_2505) begin
          $fwrite(32'h80000002,"Assertion failed\n    at Arbiter.scala:68 assert (!valids.reduce(_||_) || winner.reduce(_||_))\n");
        end
    `ifdef PRINTF_COND
      end
    `endif
    `endif // SYNTHESIS
    `ifndef SYNTHESIS
    `ifdef STOP_COND
      if (`STOP_COND) begin
    `endif
        if (_T_2505) begin
          $fatal;
        end
    `ifdef STOP_COND
      end
    `endif
    `endif // SYNTHESIS
    `ifndef SYNTHESIS
    `ifdef PRINTF_COND
      if (`PRINTF_COND) begin
    `endif
        if (1'h0) begin
          $fwrite(32'h80000002,"Assertion failed\n    at Arbiter.scala:66 assert((prefixOR zip winner) map { case (p,w) => !p || !w } reduce {_ && _})\n");
        end
    `ifdef PRINTF_COND
      end
    `endif
    `endif // SYNTHESIS
    `ifndef SYNTHESIS
    `ifdef STOP_COND
      if (`STOP_COND) begin
    `endif
        if (1'h0) begin
          $fatal;
        end
    `ifdef STOP_COND
      end
    `endif
    `endif // SYNTHESIS
    `ifndef SYNTHESIS
    `ifdef PRINTF_COND
      if (`PRINTF_COND) begin
    `endif
        if (_T_2577) begin
          $fwrite(32'h80000002,"Assertion failed\n    at Arbiter.scala:68 assert (!valids.reduce(_||_) || winner.reduce(_||_))\n");
        end
    `ifdef PRINTF_COND
      end
    `endif
    `endif // SYNTHESIS
    `ifndef SYNTHESIS
    `ifdef STOP_COND
      if (`STOP_COND) begin
    `endif
        if (_T_2577) begin
          $fatal;
        end
    `ifdef STOP_COND
      end
    `endif
    `endif // SYNTHESIS
    `ifndef SYNTHESIS
    `ifdef PRINTF_COND
      if (`PRINTF_COND) begin
    `endif
        if (1'h0) begin
          $fwrite(32'h80000002,"Assertion failed\n    at Arbiter.scala:66 assert((prefixOR zip winner) map { case (p,w) => !p || !w } reduce {_ && _})\n");
        end
    `ifdef PRINTF_COND
      end
    `endif
    `endif // SYNTHESIS
    `ifndef SYNTHESIS
    `ifdef STOP_COND
      if (`STOP_COND) begin
    `endif
        if (1'h0) begin
          $fatal;
        end
    `ifdef STOP_COND
      end
    `endif
    `endif // SYNTHESIS
    `ifndef SYNTHESIS
    `ifdef PRINTF_COND
      if (`PRINTF_COND) begin
    `endif
        if (_T_2649) begin
          $fwrite(32'h80000002,"Assertion failed\n    at Arbiter.scala:68 assert (!valids.reduce(_||_) || winner.reduce(_||_))\n");
        end
    `ifdef PRINTF_COND
      end
    `endif
    `endif // SYNTHESIS
    `ifndef SYNTHESIS
    `ifdef STOP_COND
      if (`STOP_COND) begin
    `endif
        if (_T_2649) begin
          $fatal;
        end
    `ifdef STOP_COND
      end
    `endif
    `endif // SYNTHESIS
    `ifndef SYNTHESIS
    `ifdef PRINTF_COND
      if (`PRINTF_COND) begin
    `endif
        if (_T_2696) begin
          $fwrite(32'h80000002,"Assertion failed\n    at Arbiter.scala:19 assert (valid === valids)\n");
        end
    `ifdef PRINTF_COND
      end
    `endif
    `endif // SYNTHESIS
    `ifndef SYNTHESIS
    `ifdef STOP_COND
      if (`STOP_COND) begin
    `endif
        if (_T_2696) begin
          $fatal;
        end
    `ifdef STOP_COND
      end
    `endif
    `endif // SYNTHESIS
    `ifndef SYNTHESIS
    `ifdef PRINTF_COND
      if (`PRINTF_COND) begin
    `endif
        if (_T_2757) begin
          $fwrite(32'h80000002,"Assertion failed\n    at Arbiter.scala:66 assert((prefixOR zip winner) map { case (p,w) => !p || !w } reduce {_ && _})\n");
        end
    `ifdef PRINTF_COND
      end
    `endif
    `endif // SYNTHESIS
    `ifndef SYNTHESIS
    `ifdef STOP_COND
      if (`STOP_COND) begin
    `endif
        if (_T_2757) begin
          $fatal;
        end
    `ifdef STOP_COND
      end
    `endif
    `endif // SYNTHESIS
    `ifndef SYNTHESIS
    `ifdef PRINTF_COND
      if (`PRINTF_COND) begin
    `endif
        if (_T_2765) begin
          $fwrite(32'h80000002,"Assertion failed\n    at Arbiter.scala:68 assert (!valids.reduce(_||_) || winner.reduce(_||_))\n");
        end
    `ifdef PRINTF_COND
      end
    `endif
    `endif // SYNTHESIS
    `ifndef SYNTHESIS
    `ifdef STOP_COND
      if (`STOP_COND) begin
    `endif
        if (_T_2765) begin
          $fatal;
        end
    `ifdef STOP_COND
      end
    `endif
    `endif // SYNTHESIS
    `ifndef SYNTHESIS
    `ifdef PRINTF_COND
      if (`PRINTF_COND) begin
    `endif
        if (_T_2874) begin
          $fwrite(32'h80000002,"Assertion failed\n    at Arbiter.scala:19 assert (valid === valids)\n");
        end
    `ifdef PRINTF_COND
      end
    `endif
    `endif // SYNTHESIS
    `ifndef SYNTHESIS
    `ifdef STOP_COND
      if (`STOP_COND) begin
    `endif
        if (_T_2874) begin
          $fatal;
        end
    `ifdef STOP_COND
      end
    `endif
    `endif // SYNTHESIS
    `ifndef SYNTHESIS
    `ifdef PRINTF_COND
      if (`PRINTF_COND) begin
    `endif
        if (_T_2962) begin
          $fwrite(32'h80000002,"Assertion failed\n    at Arbiter.scala:66 assert((prefixOR zip winner) map { case (p,w) => !p || !w } reduce {_ && _})\n");
        end
    `ifdef PRINTF_COND
      end
    `endif
    `endif // SYNTHESIS
    `ifndef SYNTHESIS
    `ifdef STOP_COND
      if (`STOP_COND) begin
    `endif
        if (_T_2962) begin
          $fatal;
        end
    `ifdef STOP_COND
      end
    `endif
    `endif // SYNTHESIS
    `ifndef SYNTHESIS
    `ifdef PRINTF_COND
      if (`PRINTF_COND) begin
    `endif
        if (_T_2974) begin
          $fwrite(32'h80000002,"Assertion failed\n    at Arbiter.scala:68 assert (!valids.reduce(_||_) || winner.reduce(_||_))\n");
        end
    `ifdef PRINTF_COND
      end
    `endif
    `endif // SYNTHESIS
    `ifndef SYNTHESIS
    `ifdef STOP_COND
      if (`STOP_COND) begin
    `endif
        if (_T_2974) begin
          $fatal;
        end
    `ifdef STOP_COND
      end
    `endif
    `endif // SYNTHESIS
  end
endmodule